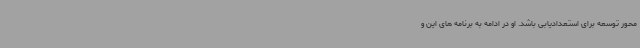
محور توسعه برای استعدادیابی باشد. او در ادامه به برنامه های این و